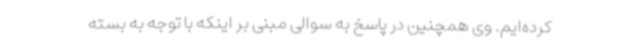
کرده‌ایم. وی همچنین در پاسخ به سوالی مبنی بر اینکه با توجه به بسته